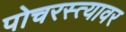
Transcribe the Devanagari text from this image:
पोचरस्त्यावर